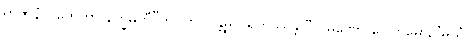
ရာဇာနံ ဂဟေတွာ နိက္ခမတီ”တိ။ ဘဂဝန္တမ္ပိ ဂရဟိဿန္တိ “သမဏော ဂေါတမော, ‘မယှံ